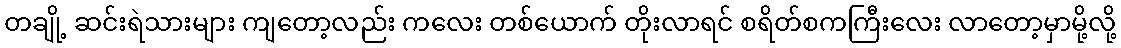
တချို့ ဆင်းရဲသားများ ကျတော့လည်း ကလေး တစ်ယောက် တိုးလာရင် စရိတ်စကကြီးလေး လာတော့မှာမို့လို့